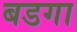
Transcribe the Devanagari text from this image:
बडगा